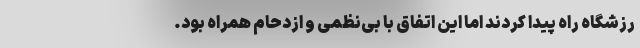
رزشگاه راه پیدا کردند اما این اتفاق با بی‌نظمی و ازدحام همراه بود.